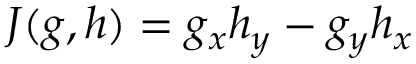
J ( g , h ) = g _ { x } h _ { y } - g _ { y } h _ { x }